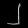
Digit: ၂